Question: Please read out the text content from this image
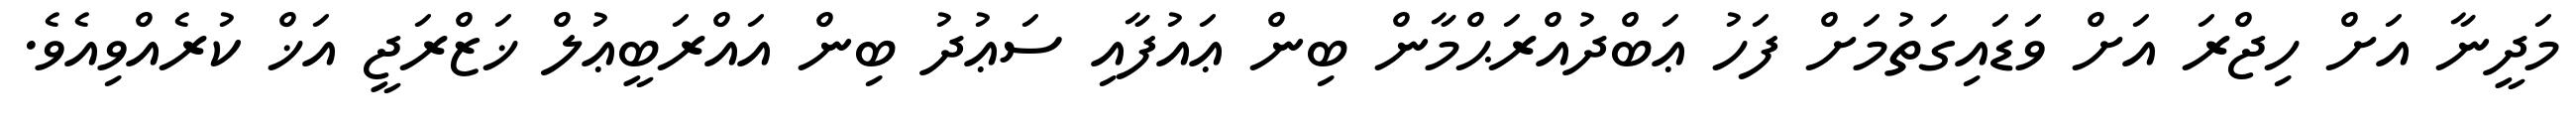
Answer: މަދީނާ އަށް ހިޖްރަ އަށް ވަޑައިގަތުމަށް ފަހު ޢަބްދުއްރަޙްމާން ބިން ޢައުފާއި ސަޢުދު ބިން އައްރަބީޢުލް ޚަޒްރަޖީ އަޚް ކުރެއްވިއެވެ.